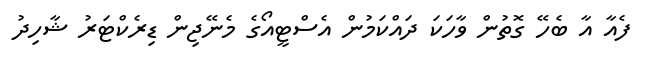
ފެއާ އާ ބެހޭ ގޮތުން ވާހަކަ ދައްކަމުން އެސްޓީއޯގެ މެނޭޖިން ޑިރެކްޓަރު ޝާހިދު